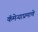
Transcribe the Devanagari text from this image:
कॅमेऱ्याप्रमाणे